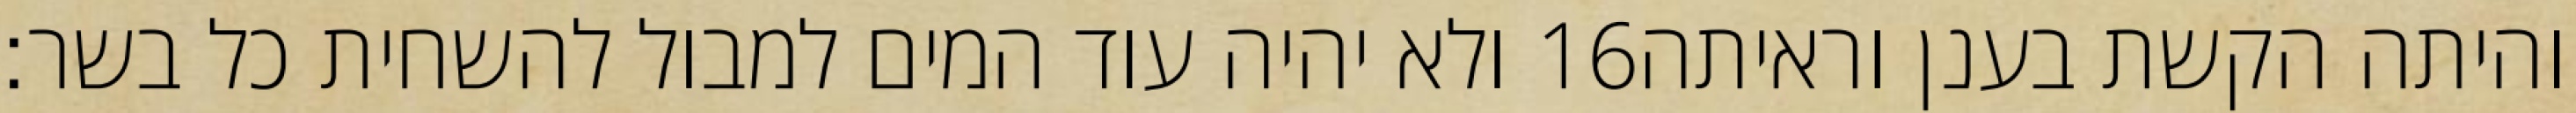
ולא יהיה עוד המים למבול להשחית כל בשר׃ ‎16‏ והיתה הקשת בענן וראיתה